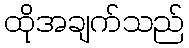
ထိုအချက်သည်